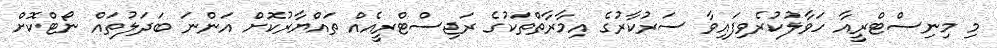
މި މިނިސްޓްރީއާ ހަވާލުކުރެވިފައިވާ ސަރުކާރުގެ އިމާރާތްތަކުގެ ރަޖިސްޓްރީއެއް ތައްޔާރުކޮށް އަންނަ ބަދަލުތައް ނޯޓްކޮށް